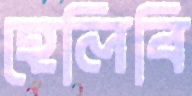
হেলিবি